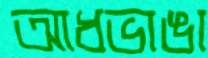
আধভাঙা